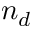
n _ { d }